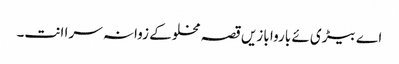
اے بیڑی ئے باروا بازیں قصہ مخلوکے زوانہ سرا انت۔